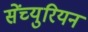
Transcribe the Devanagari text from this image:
सेंच्युरियन